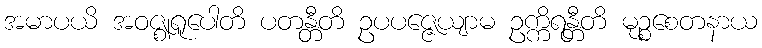
အမာပယိ အဝဇ္ဈရူပေါတိ ပတန္တီတိ ဥပပဇ္ဇေယျာမ ဥက္ကိရန္တီတိ မုဉ္စစေတနာယ